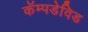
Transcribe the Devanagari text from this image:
कॅम्पडेविड